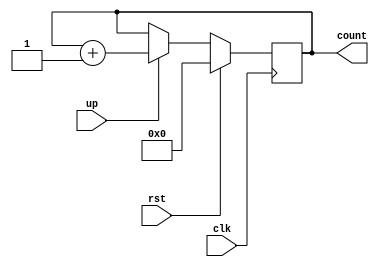

module counter(clk,up,rst,count);
  //define input and output ports
  input clk,up,rst;
  output reg [20:0] count;
  //always block will be executed at each and every positive edge of the clock
  always@(posedge clk) 
  begin
    if(rst)
      count <= 4'd0;
    else if(up)        //count up
      count <= count + 1;
    
  end

endmodule